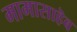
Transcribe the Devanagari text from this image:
मामासाहॆब